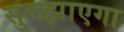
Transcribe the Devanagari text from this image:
सुलझाएगा